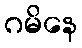
ဂမိနေ